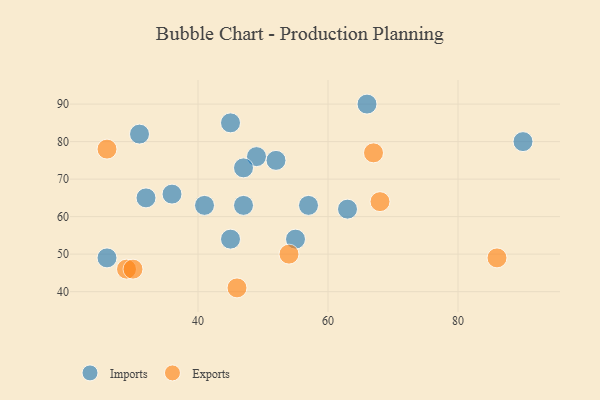
{"axis": {"x": "GDP", "y": "Life Expectancy"}, "legend": ["Exports", "Imports"], "data": [{"x": "32", "y": 65, "type": "Imports"}, {"x": "55", "y": 54, "type": "Imports"}, {"x": "90", "y": 80, "type": "Imports"}, {"x": "45", "y": 85, "type": "Imports"}, {"x": "66", "y": 90, "type": "Imports"}, {"x": "49", "y": 76, "type": "Imports"}, {"x": "26", "y": 49, "type": "Imports"}, {"x": "52", "y": 75, "type": "Imports"}, {"x": "47", "y": 73, "type": "Imports"}, {"x": "45", "y": 54, "type": "Imports"}, {"x": "31", "y": 82, "type": "Imports"}, {"x": "41", "y": 63, "type": "Imports"}, {"x": "36", "y": 66, "type": "Imports"}, {"x": "57", "y": 63, "type": "Imports"}, {"x": "47", "y": 63, "type": "Imports"}, {"x": "63", "y": 62, "type": "Imports"}, {"x": "29", "y": 46, "type": "Exports"}, {"x": "26", "y": 78, "type": "Exports"}, {"x": "30", "y": 46, "type": "Exports"}, {"x": "68", "y": 64, "type": "Exports"}, {"x": "67", "y": 77, "type": "Exports"}, {"x": "46", "y": 41, "type": "Exports"}, {"x": "54", "y": 50, "type": "Exports"}, {"x": "86", "y": 49, "type": "Exports"}]}